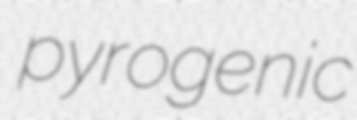
pyrogenic